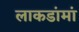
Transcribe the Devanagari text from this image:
लाकडांमां